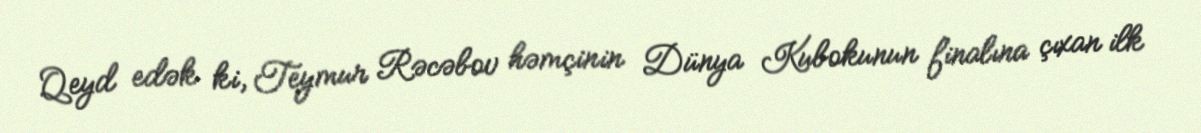
Qeyd edək ki, Teymur Rəcəbov həmçinin Dünya Kubokunun finalına çıxan ilk